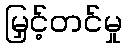
မြှင့်တင်မှု